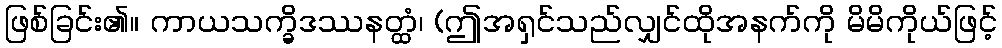
ဖြစ်ခြင်း၏။ ကာယသက္ခိဒဿနတ္ထံ၊ (ဤအရှင်သည်လျှင်ထိုအနက်ကို မိမိကိုယ်ဖြင့်